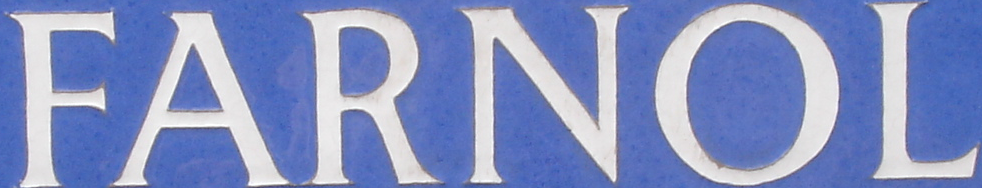
FARNOL